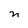
Character: n